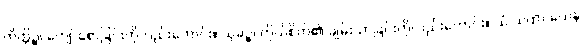
ကိတ္တိဉ္စ၊ ကျော်စောခြင်းကိုလည်းကောင်း။ သုခဉ္စ၊ ကိုယ်စိတ်၏ ချမ်းသာခြင်းကိုလည်းကောင်း။ ယံ ယထာ ယေန